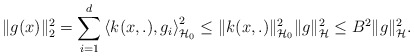
\begin{align*} \|g(x)\|_2^{2}=\sum_{i=1}^{d}\left\langle k(x, .), g_{i}\right\rangle_{\mathcal{H}_{0}}^{2} \leq\|k(x, .)\|_{\mathcal{H}_{0}}^{2}\|g\|_{\mathcal{H}}^{2} \leq B^{2}\|g\|_{\mathcal{H}}^{2}. \end{align*}